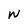
Character: W